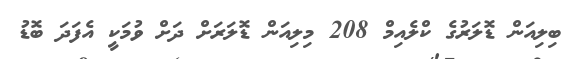
ބިލިއަން ޑޮލަރުގެ ކްލެއިމް 208 މިލިއަން ޑޮލަރަށް ދަށް ވުމަކީ އެފަދަ ބޮޑު